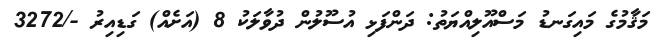
މަޤާމުގެ މައިގަނޑު މަސްއޫލިއްޔަތު: ދަންފަޅި އުސޫލުން ދުވާލަކު 8 (އަށެއް) ގަޑިއިރު -/3272